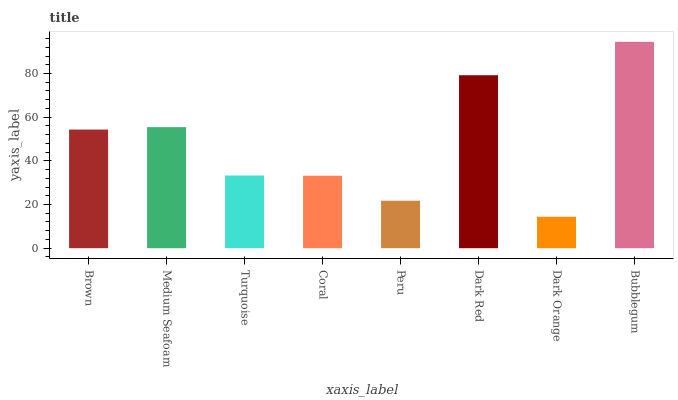
| xaxis_label | bars |
 | --- | --- |
 | Brown | 54.3 |
 | Medium Seafoam | 55.4 |
 | Turquoise | 33.3 |
 | Coral | 33.2 |
 | Peru | 21.7 |
 | Dark Red | 79.2 |
 | Dark Orange | 14.4 |
 | Bubblegum | 94.5 |